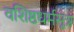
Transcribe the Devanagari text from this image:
वशिष्ठधर्मसूत्र